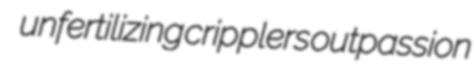
unfertilizing cripplers outpassion